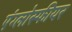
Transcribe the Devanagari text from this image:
एंग्लोस्फीयर